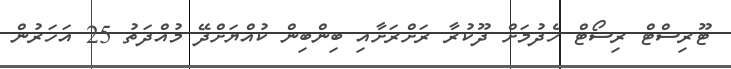
ޓޫރިސްޓް ރިސޯޓް ހެދުމަށް ދޫކުރާ ރަށްރަށާއި ބިންބިން ކުއްޔަށްދޭ މުއްދަތު 25 އަހަރުން